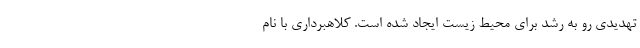
تهدیدی رو به‌ رشد برای محیط زیست ایجاد شده‌ است. کلاهبرداری با نام